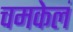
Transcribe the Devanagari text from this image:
चमकेलं